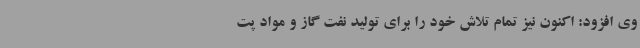
وی افزود: اکنون نیز تمام تلاش خود را برای تولید نفت گاز و مواد پت